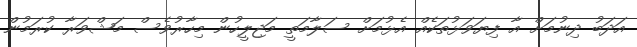
އަދަބު ދިނުމަށް އާ ފިޔަވަޅުތަކެއް އެޅުމަށް ސަލާމަތީ މަޖިލީހުން މިހާރުވެސް މަޝްވަރާ ކުރަމުން